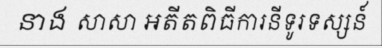
នាង សាសា អតីតពិធីការនីទូរទស្សន៍